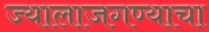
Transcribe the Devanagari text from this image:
ज्यालाजगण्याचा